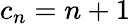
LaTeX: \textstyle c_{n}=n+1